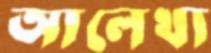
আলেখ্য